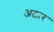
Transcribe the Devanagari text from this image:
अठार